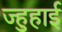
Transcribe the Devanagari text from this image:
ज्हुहाई